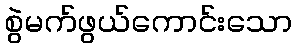
စွဲမက်ဖွယ်ကောင်းသော